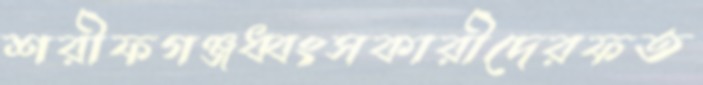
শরীফগঞ্জধ্বংসকারীদেরফত